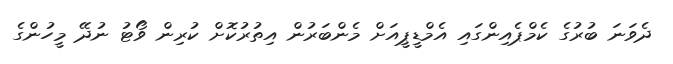
ދެވަނަ ބުރުގެ ކެމްޕެއިންގައި އެމްޑީޕީއަށް މެންބަރުން އިތުރުކޮށް ކުރިން ވޯޓު ނުދޭ މީހުންގެ